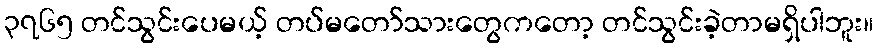
၃၇၆၅ တင်သွင်းပေမယ့် တပ်မတော်သားတွေကတော့ တင်သွင်းခဲ့တာမရှိပါဘူး။